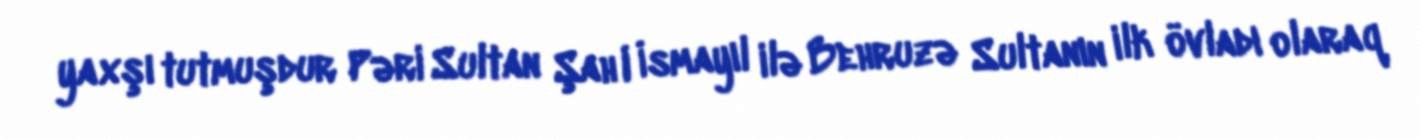
yaxşı tutmuşdur Pəri Sultan Şah I İsmayıl ilə Behruzə Sultanın ilk övladı olaraq